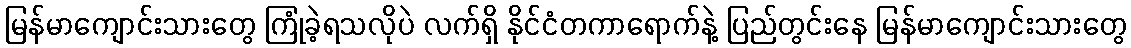
မြန်မာကျောင်းသားတွေ ကြုံခဲ့ရသလိုပဲ လက်ရှိ နိုင်ငံတကာရောက်နဲ့ ပြည်တွင်းနေ မြန်မာကျောင်းသားတွေ